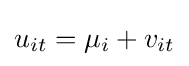
u_{it}=\mu _{i}+v_{it}